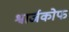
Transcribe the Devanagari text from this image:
श्वार्जकोफ